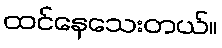
ထင်နေသေးတယ်။